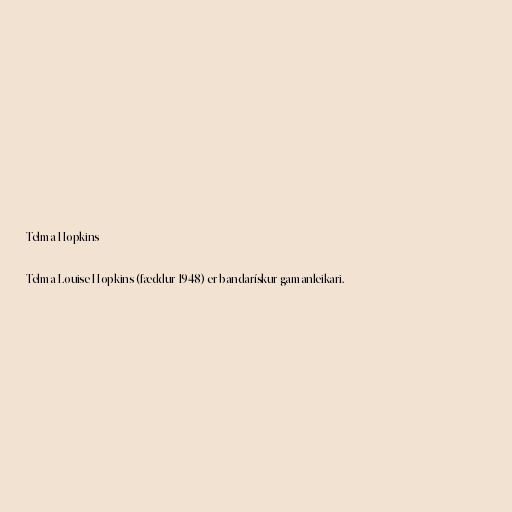
Telma Hopkins

Telma Louise Hopkins (fæddur 1948) er bandarískur gamanleikari.